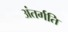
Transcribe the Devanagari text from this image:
अंतर्गति